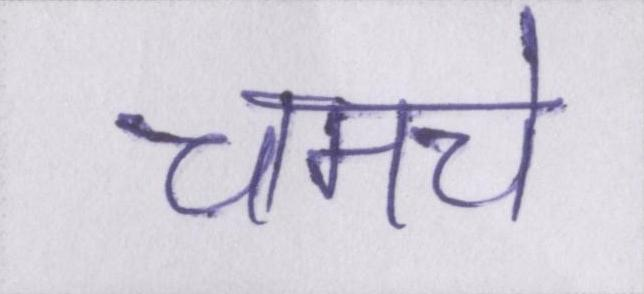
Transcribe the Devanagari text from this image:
चमचे